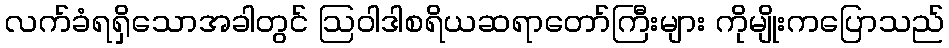
လက်ခံရရှိသောအခါတွင် ဩဝါဒါစရိယဆရာတော်ကြီးများ ကိုမျိုးကပြောသည်